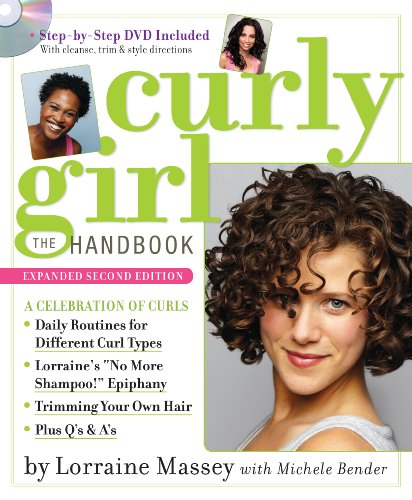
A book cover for Curly Girl: The Handbook; Michele Bender; Health, Fitness & Dieting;